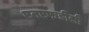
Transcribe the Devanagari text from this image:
एनएफडीसी